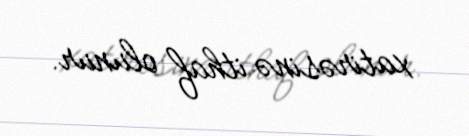
xatirəsinə ithaf olunur.